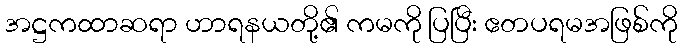
အဋ္ဌကထာဆရာ ဟာရနယတို့၏ ကမကို ပြပြီး ဧတပရမအဖြစ်ကို